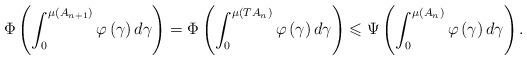
LaTeX: \begin{align*}\Phi \left( \int_{0}^{\mu \left( A_{n+1}\right) }\varphi \left( \gamma\right) d\gamma \right) =\Phi \left( \int_{0}^{\mu \left( TA_{n}\right)}\varphi \left( \gamma \right) d\gamma \right) \leqslant \Psi \left(\int_{0}^{\mu \left( A_{n}\right) }\varphi \left( \gamma \right) d\gamma\right) . \end{align*}